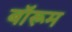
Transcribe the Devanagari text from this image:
बॉरूम